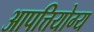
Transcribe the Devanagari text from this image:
आपत्तियोग्य